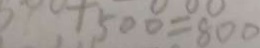
+ 5 0 0 = 8 0 0